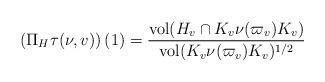
LaTeX: \begin{align*}\left(\Pi_H\tau(\nu,v)\right)(1)=\frac{{\rm vol}(H_v\cap K_v\nu(\varpi_v)K_v)}{{\rm vol}(K_v\nu(\varpi_v)K_v)^{1/2}}\end{align*}